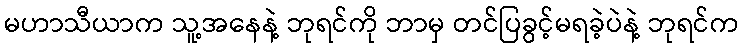
မဟာသီယာက သူ့အနေနဲ့ ဘုရင်ကို ဘာမှ တင်ပြခွင့်မရခဲ့ပဲနဲ့ ဘုရင်က